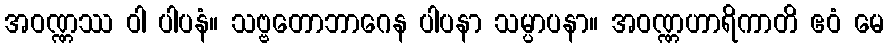
အဝဏ္ဏဿ ဝါ ပါပနံ။ သဗ္ဗတောဘာဂေန ပါပနာ သမ္ပာပနာ။ အဝဏ္ဏဟာရိကာတိ ဧဝံ မေ